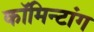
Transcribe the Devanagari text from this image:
कॉमिन्टांग